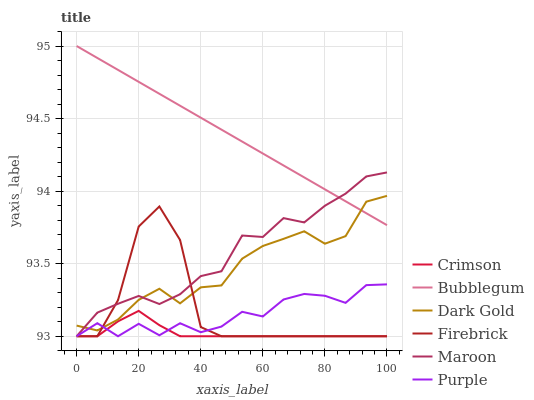
| xaxis_label | Crimson | Bubblegum | Dark Gold | Firebrick | Maroon | Purple |
 | --- | --- | --- | --- | --- | --- | --- |
 | 0 | 93 | 95 | 93.1 | 93 | 93 | 93 |
 | 6.67 | 93 | 94.9 | 93 | 93 | 93.2 | 93.1 |
 | 13.3 | 93.1 | 94.8 | 93.1 | 93.2 | 93.2 | 93 |
 | 20 | 93.2 | 94.8 | 93.3 | 93.8 | 93.3 | 93.1 |
 | 26.7 | 93.1 | 94.7 | 93.3 | 93.9 | 93.2 | 93 |
 | 33.3 | 93 | 94.6 | 93.2 | 93.7 | 93.3 | 93.1 |
 | 40 | 93 | 94.5 | 93.3 | 93.1 | 93.4 | 93 |
 | 46.7 | 93 | 94.4 | 93.4 | 93 | 93.4 | 93.1 |
 | 53.3 | 93 | 94.3 | 93.5 | 93 | 93.7 | 93.2 |
 | 60 | 93 | 94.3 | 93.6 | 93 | 93.7 | 93.1 |
 | 66.7 | 93 | 94.2 | 93.7 | 93 | 93.8 | 93.3 |
 | 73.3 | 93 | 94.1 | 93.7 | 93 | 93.8 | 93.3 |
 | 80 | 93 | 94 | 93.6 | 93 | 93.9 | 93.3 |
 | 86.7 | 93 | 93.9 | 93.7 | 93 | 94 | 93.2 |
 | 93.3 | 93 | 93.8 | 93.9 | 93 | 94.1 | 93.4 |
 | 100 | 93 | 93.8 | 94 | 93 | 94.1 | 93.4 |